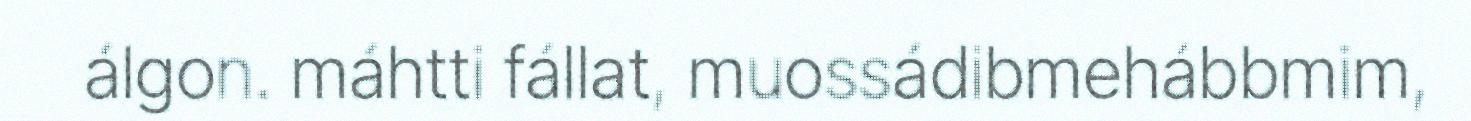
álgon. máhtti fállat, muossádibmehábbmim,